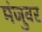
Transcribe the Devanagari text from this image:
मंजुवर